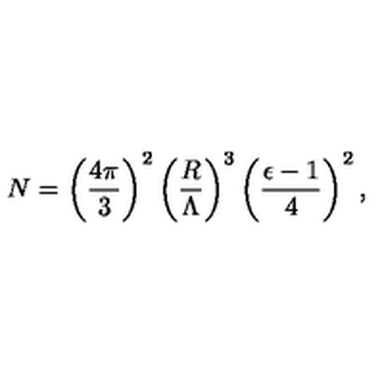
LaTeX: N = \left( \frac { 4 \pi } { 3 } \right) ^ { 2 } \left( \frac { R } { \Lambda } \right) ^ { 3 } \left( \frac { \epsilon - 1 } { 4 } \right) ^ { 2 } ,